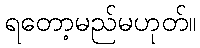
ရတော့မည်မဟုတ်။